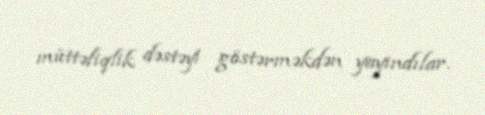
müttəfiqlik dəstəyi göstərməkdən yayındılar.